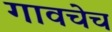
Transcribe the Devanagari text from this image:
गावचेच